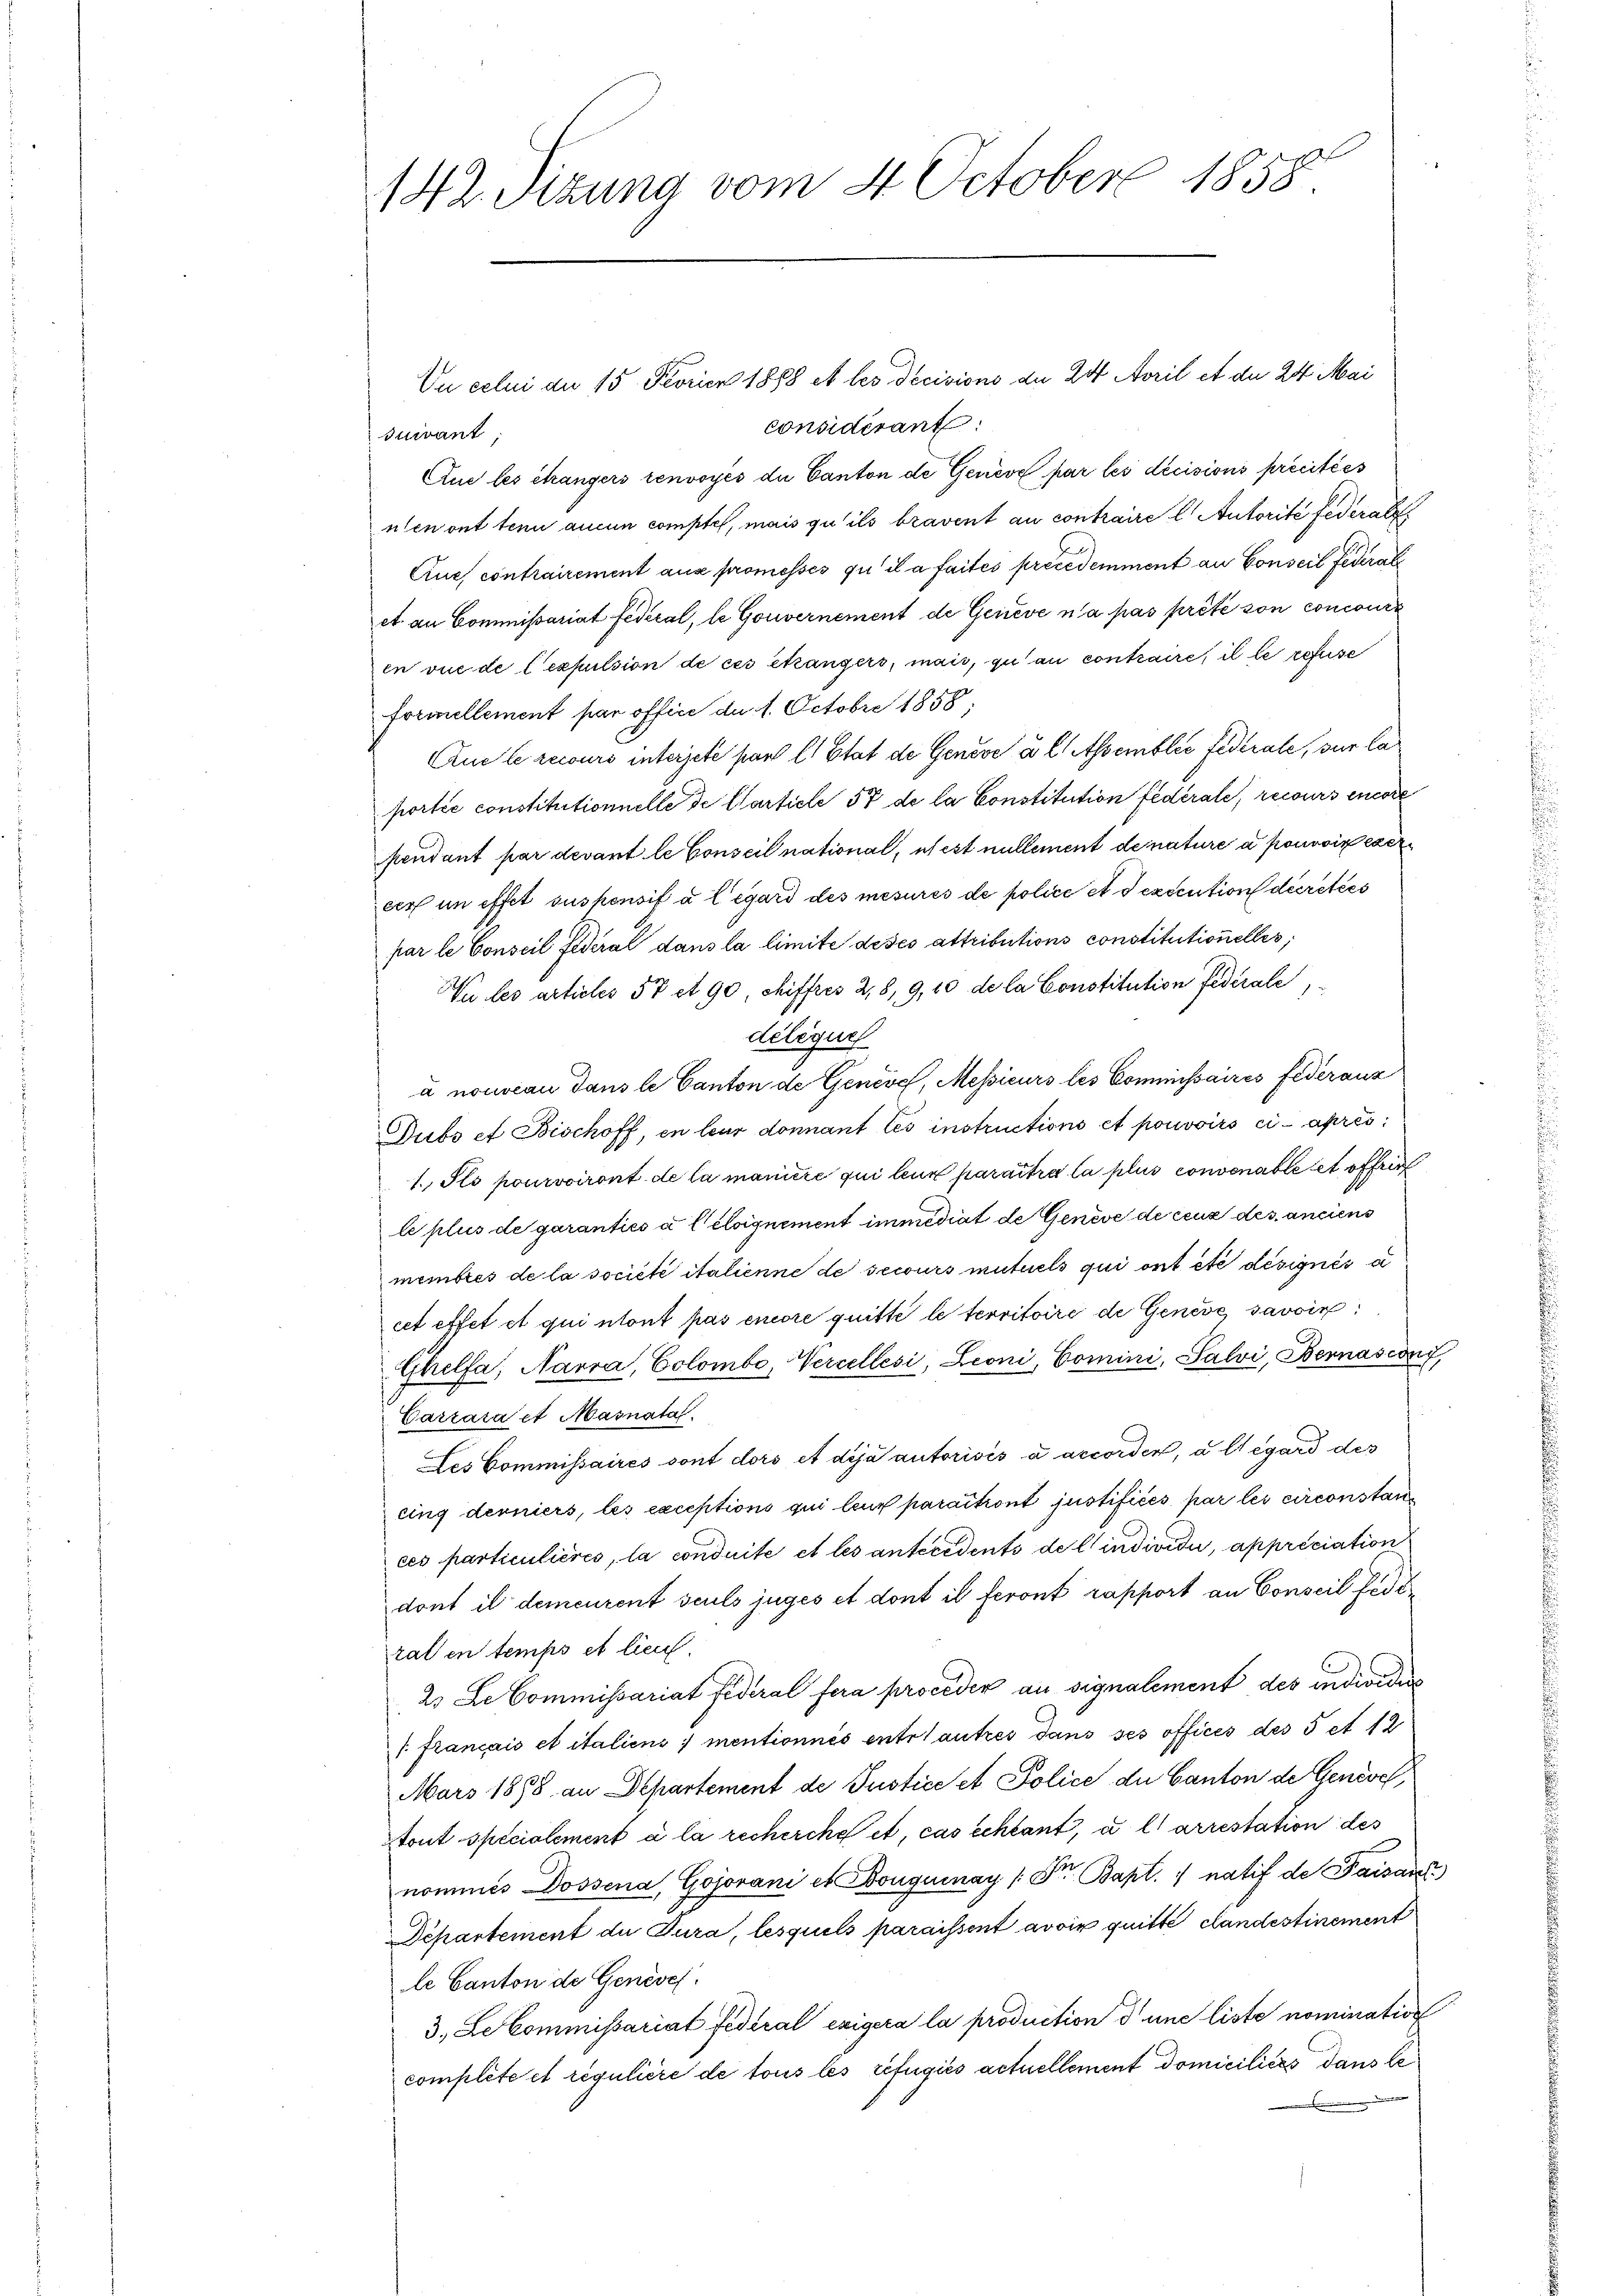
142. Sizung vom 4 October 1858.

Un celui de 15 Februar 1888 et les Decisions an 24. April et der 24 Mai
considérant
suivant
Que les changers renvoyés die Canton de Genève par les decisions precitées
ulen ont tenu aucun comptes, mais qu’ils bravent au contraire l Autorité Federath
Crues contrairement aux promesses qu’il a faites précédemment an Conseil Federal
et. an Commissariat fédéral, le Gouvernement de Genève n’a pas prété son concourt
en vue de l’expulsion de ces étrangers, mais, qu au contraire, il le refuse
formellement par offici da 1. Octobre 1858;
Auc le recours interjete stand l. Etat de Geneve u. lassemblée Federale, sur la
portie constitutionnelle de Carticle 57 de la Constitution federale, recours encore
pendant par devant le Conseil national, ich ist nullement de nature à pouvoir exer
eer in effet suspensif à l’égard des mesures de police et dexecution deretées
par le Conseil Federal dans la limite deses attributions constitutionelles,
Nu les articles 57 et 90 chiffres 2,8, 9, 10 de la Constitution fédérale,
délégue
à nouveau dans le Canton de Genève, Messieurs les Commissaires Federanz
Dubs et Bischoff, en leur donnant les instructions et pouvoirs ci-après
1. Ils pourvoiront de la manière qui leur paraitre la plus convenable et offrir
le plus de garanties a l éloignement immediat de Genève de ceux des anciens
membres de la société italienne de secours mutuels qui ont etc désignés a
cet effet et qui etont pas encore quitte le territoire de Genere savoir
Ghelfa, Narra, Colombe, Vercellesi, Leoni, Comini, Salvi, Bernasconi,
Carrara et Masnatal
Les Commissaires sont dors et dija autorisés à accorden, a l égard des
cing derniers, les exceptions qui leur paraitront justifices par les circonstances particulières, la conduite et les unteredents de lindividui, appréciation
dont il demeurent seuls juges et dont il feront rapport an Conseil fest
ral en temps et lieut.
2. Le Commissariat Federal fera procéder an signalement des individus
1. Français et italiens mentionnés entrautres dans ses offices des 5 et 12
Mars 1898 an Departement de Justice et Police der Canton de Genève,
tout specialement à la recherche et, cas schlant, u l arrestation des
nommes Dossena, Gojovani et Donguinay /: Dr. Bapt. 1 natif de Paisans
Département du Jura, lesquels paraissent avoir quitte clandestinement
le Canton de Genesen.
3. Lekommissariat fédéral exigera la production d une liste nomination
complété et régulière de tous les refugies actuellement domiciliées dans le